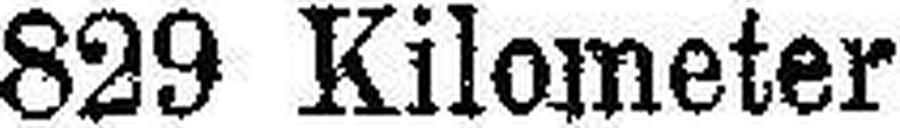
829 Kilometer